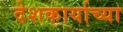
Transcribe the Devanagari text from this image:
देशकार्याच्या